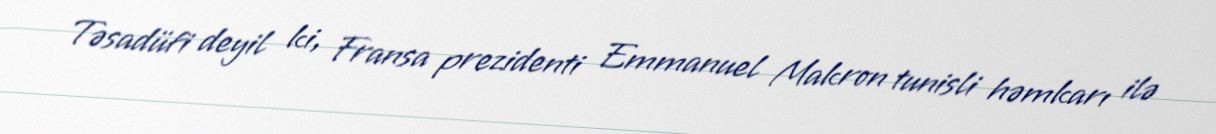
Təsadüfi deyil ki, Fransa prezidenti Emmanuel Makron tunisli həmkarı ilə